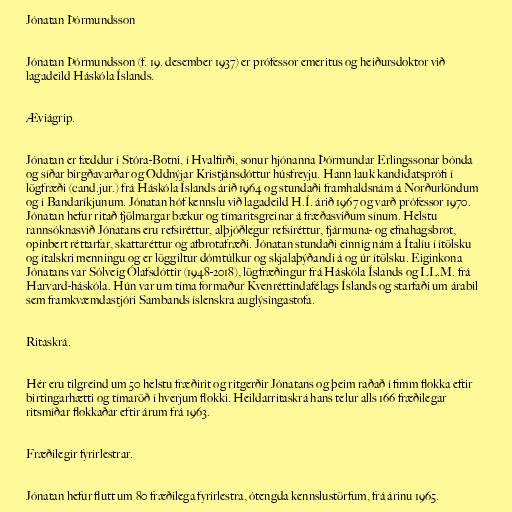
Jónatan Þórmundsson

Jónatan Þórmundsson (f. 19. desember 1937) er prófessor emeritus og heiðursdoktor við
lagadeild Háskóla Íslands.

Æviágrip.

Jónatan er fæddur í Stóra-Botni, í Hvalfirði, sonur hjónanna Þórmundar Erlingssonar bónda
og síðar birgðavarðar og Oddnýjar Kristjánsdóttur húsfreyju. Hann lauk kandidatsprófi í
lögfræði (cand.jur.) frá Háskóla Íslands árið 1964 og stundaði framhaldsnám á Norðurlöndum
og í Bandaríkjunum. Jónatan hóf kennslu við lagadeild H.Í. árið 1967 og varð prófessor 1970.
Jónatan hefur ritað fjölmargar bækur og tímaritsgreinar á fræðasviðum sínum. Helstu
rannsóknasvið Jónatans eru refsiréttur, alþjóðlegur refsiréttur, fjármuna- og efnahagsbrot,
opinbert réttarfar, skattaréttur og afbrotafræði. Jónatan stundaði einnig nám á Ítalíu í ítölsku
og ítalskri menningu og er löggiltur dómtúlkur og skjalaþýðandi á og úr ítölsku. Eiginkona
Jónatans var Sólveig Ólafsdóttir (1948-2018), lögfræðingur frá Háskóla Íslands og LL.M. frá
Harvard-háskóla. Hún var um tíma formaður Kvenréttindafélags Íslands og starfaði um árabil
sem framkvæmdastjóri Sambands íslenskra auglýsingastofa.

Ritaskrá.

Hér eru tilgreind um 50 helstu fræðirit og ritgerðir Jónatans og þeim raðað í fimm flokka eftir
birtingarhætti og tímaröð í hverjum flokki. Heildarritaskrá hans telur alls 166 fræðilegar
ritsmíðar flokkaðar eftir árum frá 1963.

Fræðilegir fyrirlestrar.

Jónatan hefur flutt um 80 fræðilega fyrirlestra, ótengda kennslustörfum, frá árinu 1965.